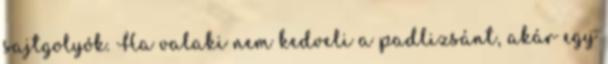
sajtgolyók. Ha valaki nem kedveli a padlizsánt, akár egy